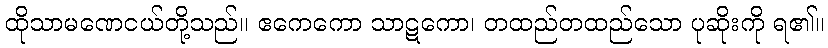
ထိုသာမဏေငယ်တို့သည်။ ဧကေကော သာဋကော၊ တထည်တထည်သော ပုဆိုးကို ရ၏။